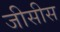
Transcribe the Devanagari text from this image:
जीसीस